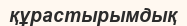
құрастырымдық